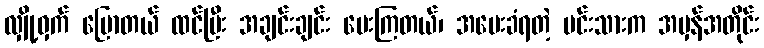
လျှို့ဝှက် ပြောတယ် ထင်ပြီး အချင်းချင်း မေးကြတယ်၊ အမေးခံရတဲ့ မင်းသားက အမှန်အတိုင်း